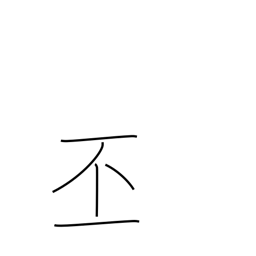
Meaning: grand